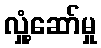
လှုံ့ဆော်မှု